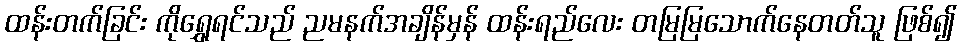
ထန်းတက်ခြင်း ကိုရွှေရင်သည် ညမနက်အချိန်မှန် ထန်းရည်လေး တမြမြသောက်နေတတ်သူ ဖြစ်၍